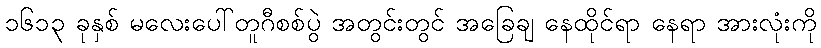
၁၆၁၃ ခုနှစ် မလေးပေါ်တူဂီစစ်ပွဲ အတွင်းတွင် အခြေချ နေထိုင်ရာ နေရာ အားလုံးကို